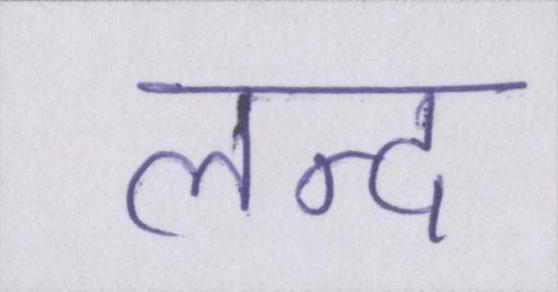
लन्द